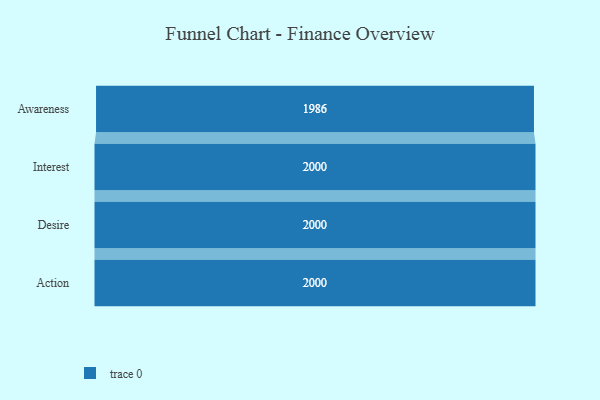
{"axis": {"x": "Stage", "y": "Value"}, "legend": [""], "data": [{"x": "Awareness", "y": 1986.0, "type": ""}, {"x": "Interest", "y": 2000, "type": ""}, {"x": "Desire", "y": 2000, "type": ""}, {"x": "Action", "y": 2000, "type": ""}]}